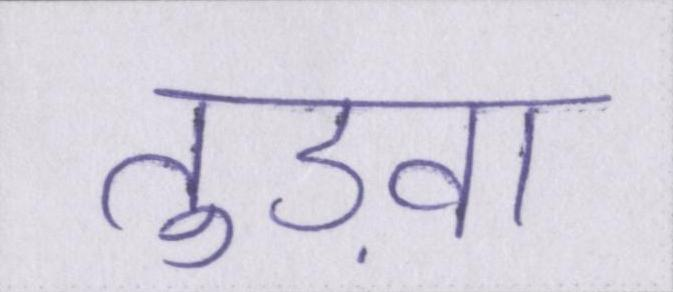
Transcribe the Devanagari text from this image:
तुड़वा